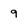
Character: 9